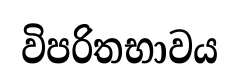
විපරිතභාවය